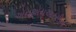
એનએચઆરસીના